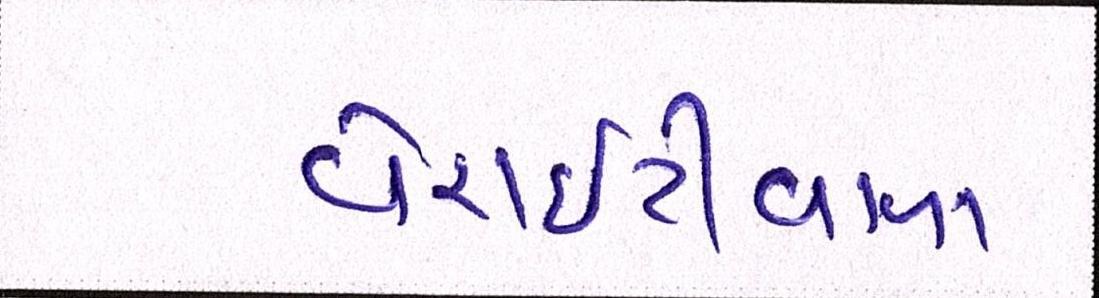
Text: વેરાઇટીવાળા